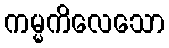
ကမ္မကိလေသော